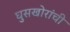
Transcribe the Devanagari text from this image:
घुसखोरांची